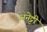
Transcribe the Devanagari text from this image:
अनेट्टी